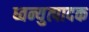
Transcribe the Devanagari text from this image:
ध्वन्युत्पादक